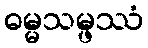
ဓမ္မသမ္ဖဿံ